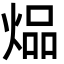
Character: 煰